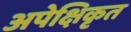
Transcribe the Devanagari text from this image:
अपेक्षिकृत